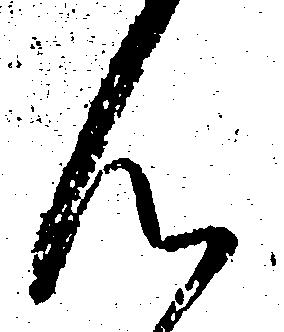
ん